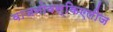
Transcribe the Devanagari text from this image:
वाजनोवस्किएलीज